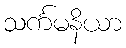
သင်္ကမနိယာ